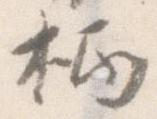
柄